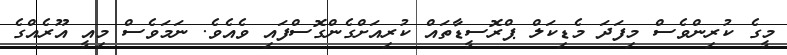
މީގެ ކުރިންވެސް މިފަދަ މެޑިކަލް ޕްރޮސީޑާތައް ކުރިއަށްގެންގޮސްފައި ވެއެވެ. ނަމަވެސް މިއީ އޫރެއްގެ